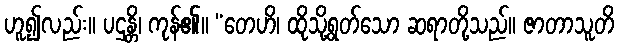
ဟူ၍လည်း။ ပဌန္တိ၊ ကုန်၏။ “တေဟိ၊ ထိုသို့ရွတ်သော ဆရာတို့သည်။ ဇာတာသူတိ